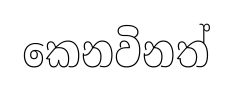
කෙනවිනත්